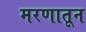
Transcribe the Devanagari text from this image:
मरणातून